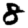
Digit: 8